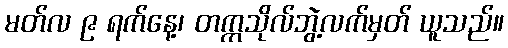
မတ်လ ၉ ရက်နေ့၊ တက္ကသိုလ်ဘွဲ့လက်မှတ် ယူသည်။